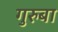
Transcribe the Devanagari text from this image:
गुरुबा